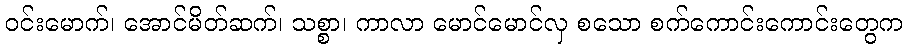
ဝင်းမောက်၊ အောင်မိတ်ဆက်၊ သစ္စာ၊ ကာလာ မောင်မောင်လှ စသော စက်ကောင်းကောင်းတွေက